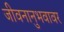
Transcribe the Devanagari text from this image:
जीवनानुभवावर